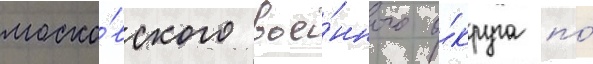
моско́вского вое́нного о́круга по́